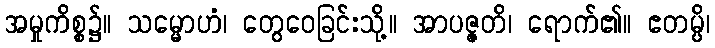
အမှုကိစ္စ၌။ သမ္မောဟံ၊ တွေဝေခြင်းသို့။ အာပဇ္ဇတိ၊ ရောက်၏။ ဧတမ္ပိ၊